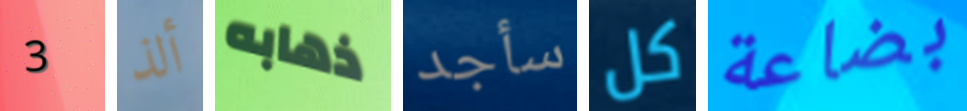
3 ألذ ذهابه سأجد كل بضاعة